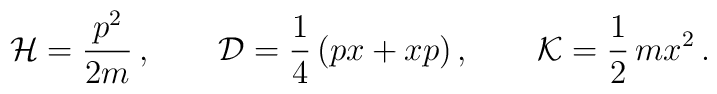
{\cal H}=\frac{p^2}{2m}\,,\qquad{\cal D}=\frac{1}{4}\,(px + xp)\,,\qquad{\cal K}=\frac{1}{2}\,mx^2\,.